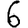
Digit: 6